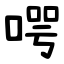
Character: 㗁